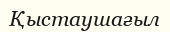
Қыстаушағыл